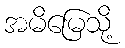
အမိမြေသို့